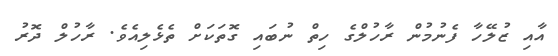
އާއި ޒުލޭހާ ފެނުމުން ރާހުލްގެ ހިތް ނުބައި ގޮތަކަށް ތެޅެލިއެވެ. ރާހުލް ދޮރު